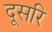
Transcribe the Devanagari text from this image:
दूसरि